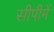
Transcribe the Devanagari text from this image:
सीपीमें